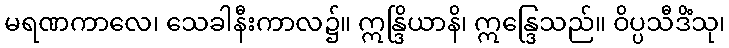
မရဏကာလေ၊ သေခါနီးကာလ၌။ ဣန္ဒြိယာနိ၊ ဣန္ဒြေသည်။ ဝိပ္ပသီဒိံသု၊